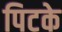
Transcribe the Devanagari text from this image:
पिटके